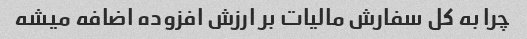
چرا به کل سفارش مالیات بر ارزش افزوده اضافه میشه